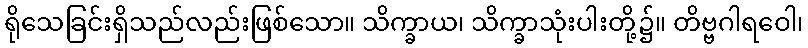
ရိုသေခြင်းရှိသည်လည်းဖြစ်သော။ သိက္ခာယ၊ သိက္ခာသုံးပါးတို့၌။ တိဗ္ဗဂါရဝေါ၊